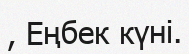
, Еңбек күні.